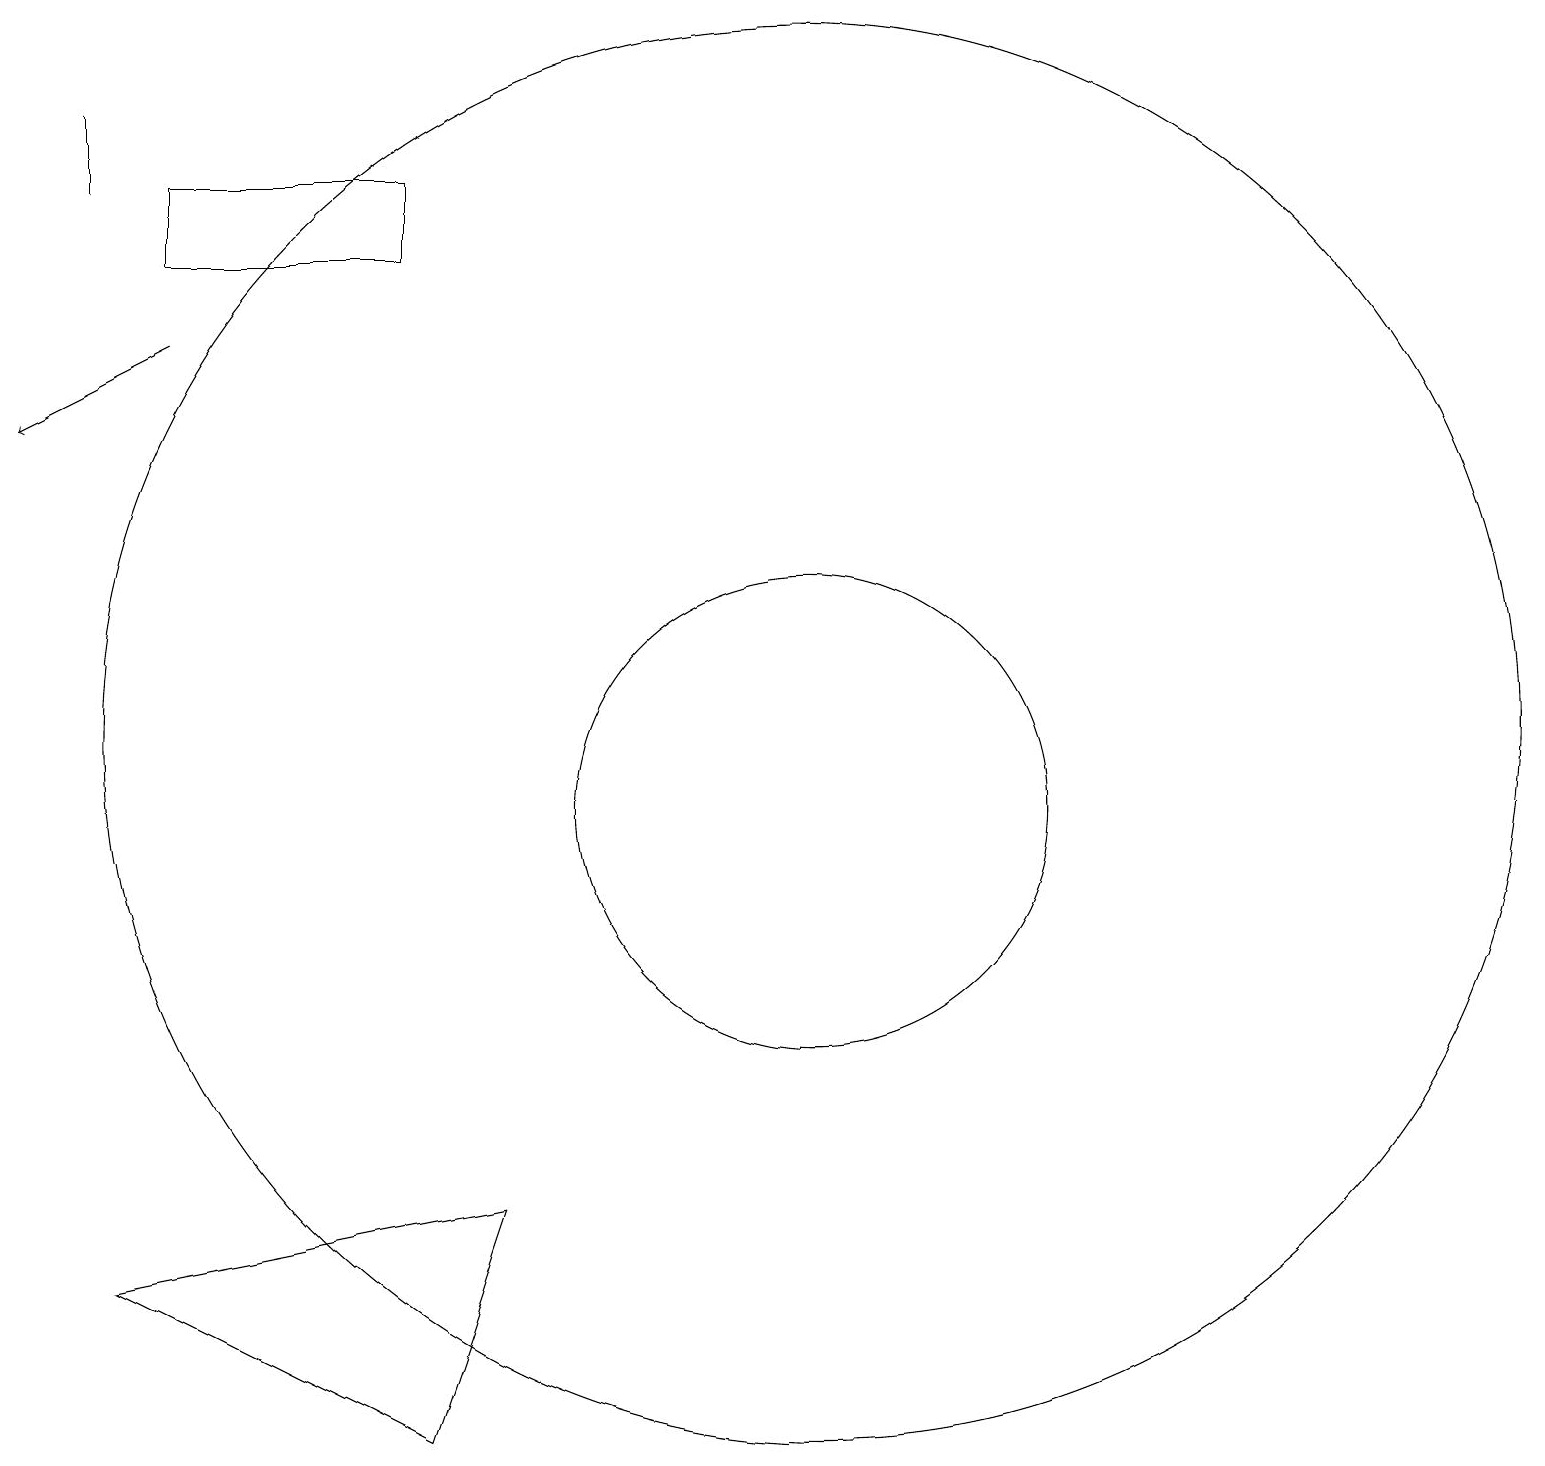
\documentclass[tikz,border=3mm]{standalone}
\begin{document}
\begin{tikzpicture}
\draw (5,2) -- (1,4) -- (6,5) -- cycle;
\draw (10,10) circle (3);
\draw (1,18) rectangle (1,19);
\draw[->] (2,16) -- (0,15);
\draw (10,11) circle (9);
\draw (5,18) rectangle (2,17);
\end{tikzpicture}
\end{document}